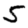
Digit: 5